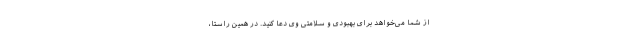
از شما می‌خواهد برای بهبودی و سلامتی وی دعا کنید. در همین راستا،